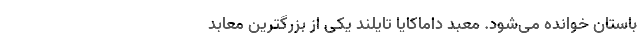
باستان خوانده می‌شود. معبد داماکایا تایلند یکی از بزرگترین معابد